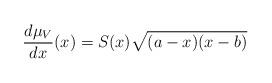
LaTeX: \begin{align*}\frac{d\mu_V}{dx}(x)=S(x)\sqrt{(a-x)(x-b)}\end{align*}